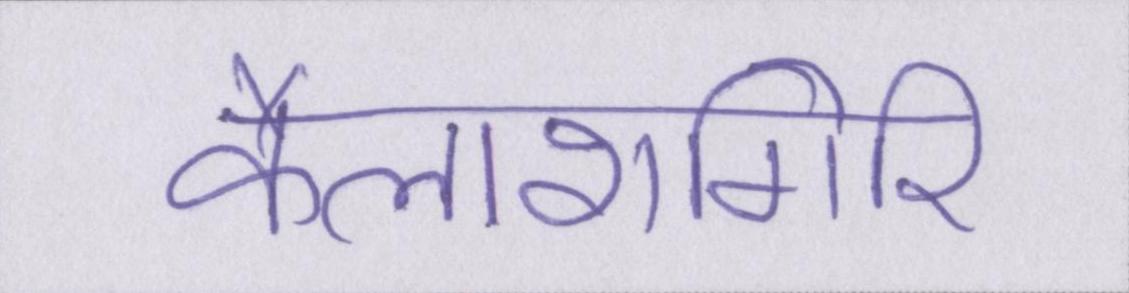
कैलाशगिरि